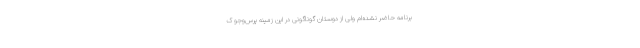
برنامه حاضر نشده‌ام ولی از دوستان گوناگونی در این زمینه پرس‌وجو ک